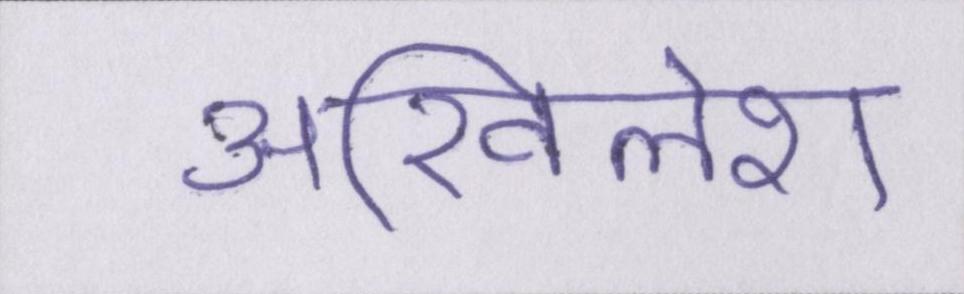
अखिलेश